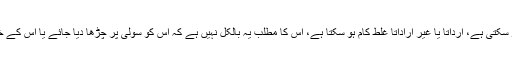
کسی بھی شخص سے غلطی یا لغزش ہو سکتی ہے، ارداتاً یا غیر اراداتاً غلط کام ہو سکتا ہے، اس کا مطلب یہ بالکل نہیں ہے کہ اس کو سولی پر چڑھا دیا جائے یا اس کے خلاف سی بی آئی انکوائری کرائی جائے۔